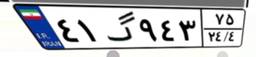
۵۳گ۵۶۲۸۹